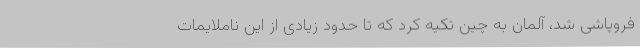
فروپاشی شد، آلمان به چین تکیه کرد که تا حدود زیادی از این ناملایمات